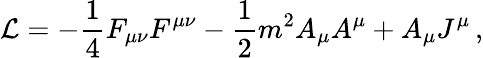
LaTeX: {\cal L}=-\frac{1}{4}F_{\mu\nu}F^{\mu\nu}-\frac{1}{2}m^{2}A_{\mu}A^{\mu}+A_{\mu}J^{\mu}\, ,